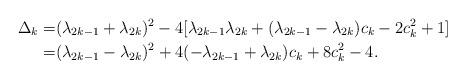
LaTeX: \begin{align*}\Delta _k=&(\lambda _{2k-1}+\lambda _{2k})^2-4[\lambda _{2k-1}\lambda _{2k}+(\lambda _{2k-1}-\lambda _{2k})c_k-2c_k^2+1]\\=&(\lambda _{2k-1}-\lambda _{2k})^2+4 (-\lambda _{2k-1}+\lambda _{2k})c_k+8c_k^2-4.\end{align*}